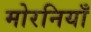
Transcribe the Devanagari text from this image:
मोरनियाँ